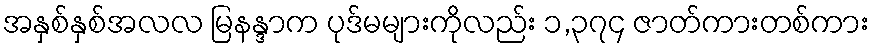
အနှစ်နှစ်အလလ မြနန္ဒာက ပုဒ်မများကိုလည်း ၁,၃၇၄ ဇာတ်ကားတစ်ကား